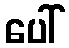
ပေါ်